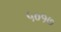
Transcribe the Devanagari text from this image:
५०१७